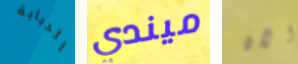
الدبابة ميندي الان